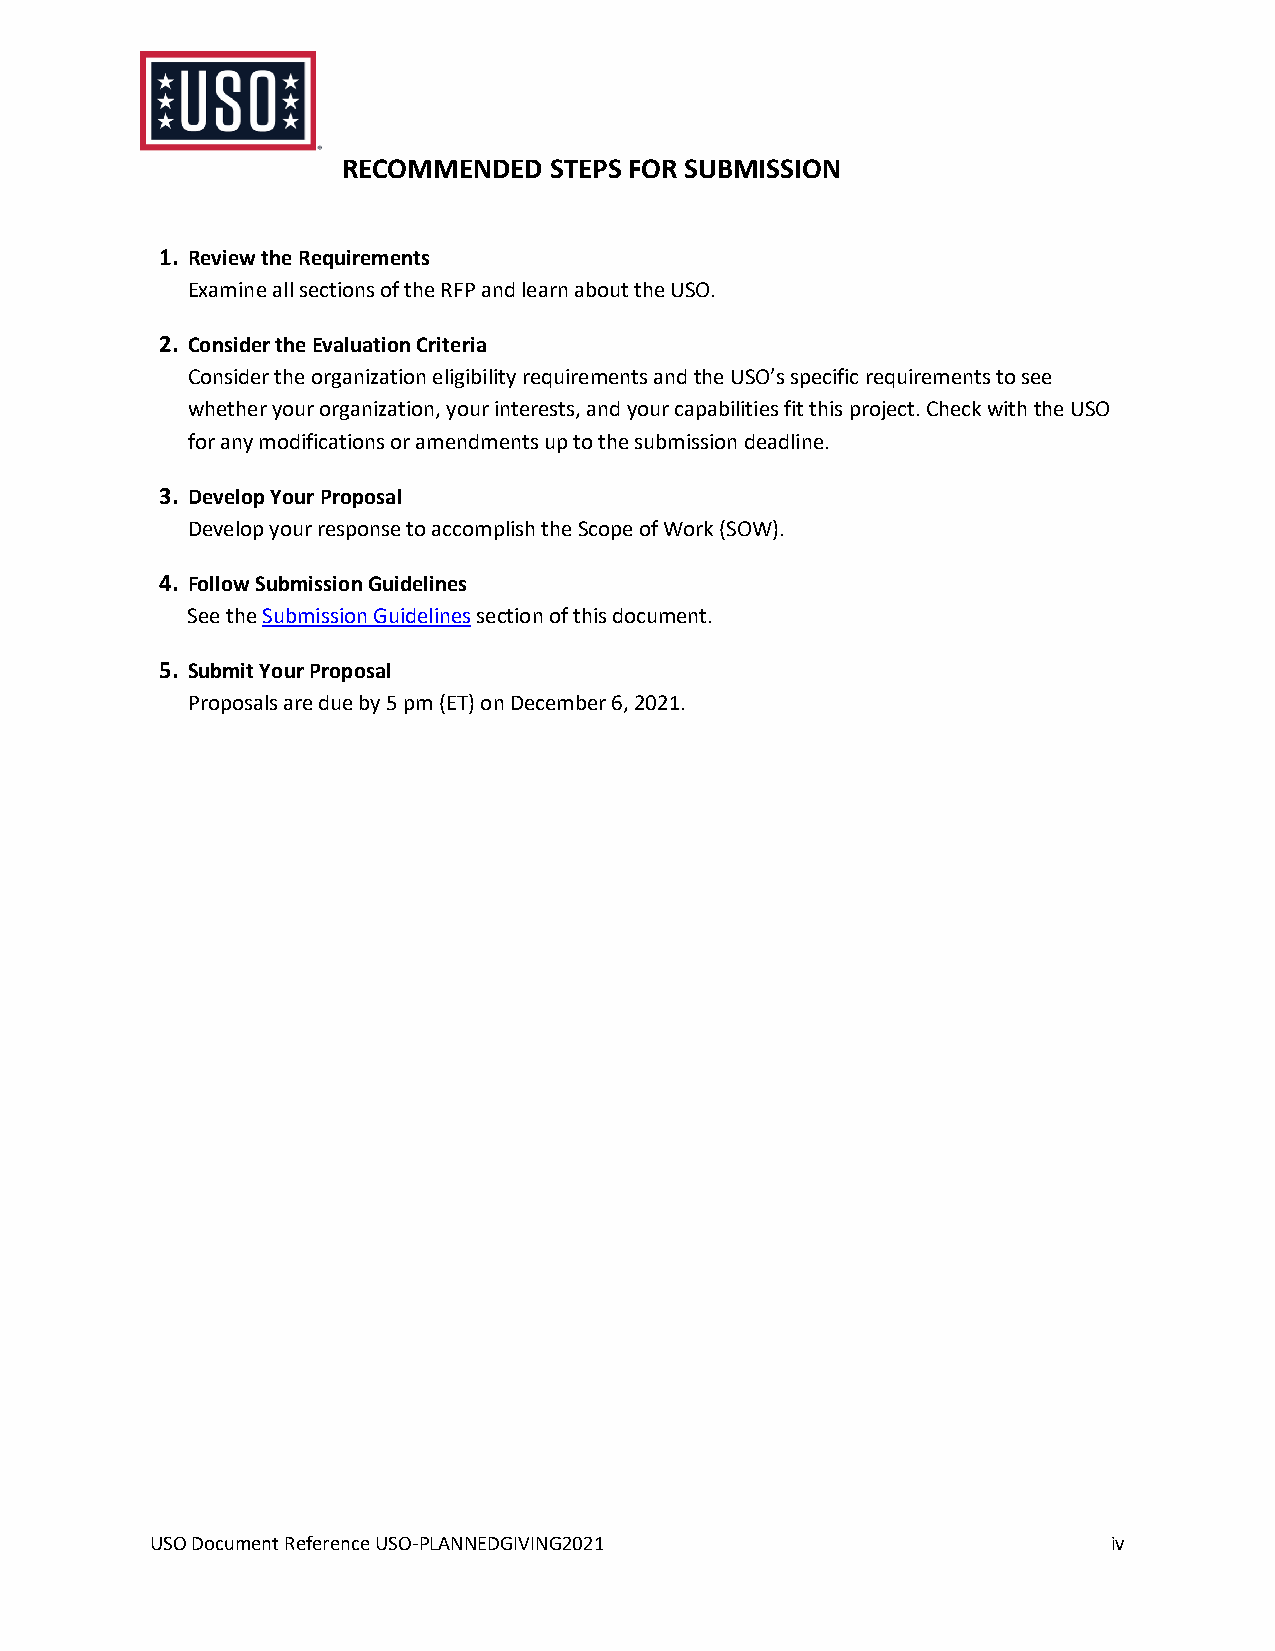
RECOMMENDED  STEPS FOR SUBMISSION
 1. Review the Requirements
 Examine all sections of the RFP and learn about the USO.
 2. Consider the Evaluation Criteria
 Consider the organization eligibility requirements and the USO’s specific requirements to see
 whether your organization, your interests, and your capabilities fit this project. Check with the USO
 for any modifications or amendments up to the submission deadline.
 3. Develop Your Proposal
 Develop your response to accomplish the Scope of Work (SOW).
 4. Follow Submission Guidelines
 See the Submission Guidelines section of this document.
 5. Submit Your Proposal
 Proposals are due by 5 pm (ET) on December 6, 2021.
 USO Document Reference USO-PLANNEDGIVING2021                    iv